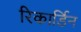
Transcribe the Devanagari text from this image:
रिकार्डिन